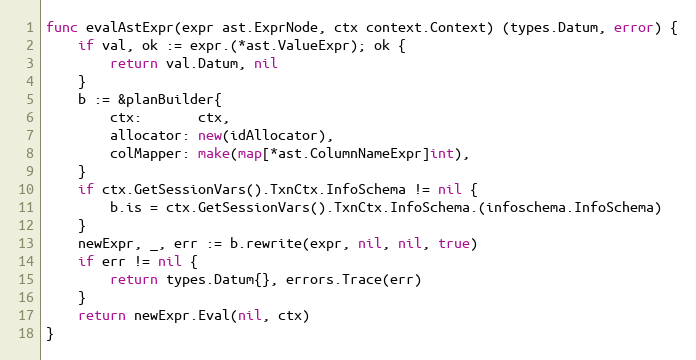
Language: Go
func evalAstExpr(expr ast.ExprNode, ctx context.Context) (types.Datum, error) {
	if val, ok := expr.(*ast.ValueExpr); ok {
		return val.Datum, nil
	}
	b := &planBuilder{
		ctx:       ctx,
		allocator: new(idAllocator),
		colMapper: make(map[*ast.ColumnNameExpr]int),
	}
	if ctx.GetSessionVars().TxnCtx.InfoSchema != nil {
		b.is = ctx.GetSessionVars().TxnCtx.InfoSchema.(infoschema.InfoSchema)
	}
	newExpr, _, err := b.rewrite(expr, nil, nil, true)
	if err != nil {
		return types.Datum{}, errors.Trace(err)
	}
	return newExpr.Eval(nil, ctx)
}